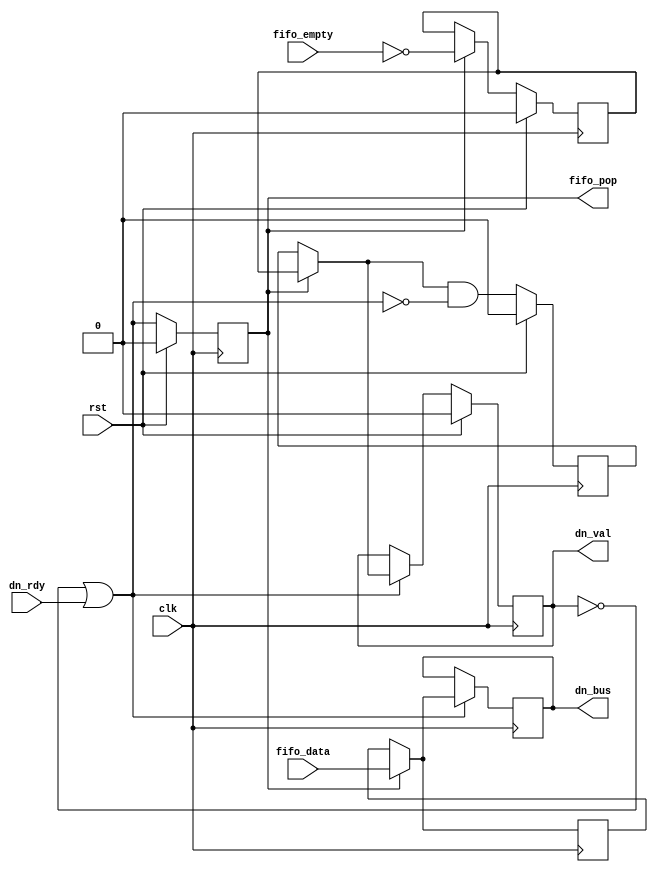
`ifndef _skid_fallthrough_
`define _skid_fallthrough_


`default_nettype none

module skid_fallthrough
  #(parameter
    DATA_WIDTH = 32)
   (input  wire                     clk,
    input  wire                     rst,

    input  wire [DATA_WIDTH-1:0]    fifo_data,
    input  wire                     fifo_empty,
    output reg                      fifo_pop,

    output reg  [DATA_WIDTH-1:0]    dn_bus,
    output reg                      dn_val,
    input  wire                     dn_rdy
);

    reg                     fifo_val;

    reg  [DATA_WIDTH-1:0]   skid_data;
    reg                     skid_val;

    wire                    dn_active;
    wire                    dn_val_i;
    wire [DATA_WIDTH-1:0]   dn_bus_i;


    // stallable fifo valid flag
    always @(posedge clk)
        if      (rst)       fifo_val <= 1'b0;
        else if (fifo_pop)  fifo_val <= ~fifo_empty;


    // skid_data always reflects downstream data's last cycle
    always @(posedge clk)
        skid_data <= dn_bus_i;


    // skid_val remembers if there is valid data in the skid register until
    // it's consumed by the downstream
    always @(posedge clk)
        if (rst)    skid_val <= 1'b0;
        else        skid_val <= dn_val_i & ~dn_active;


    // down stream mux: when fifo_pop is not active, use last cycle's data and valid
    assign dn_bus_i = fifo_pop ? fifo_data  : skid_data;

    assign dn_val_i = fifo_pop ? fifo_val   : skid_val;


    // when down stream is active, pop upstream fifo
    always @(posedge clk)
        if (rst)    fifo_pop <= 1'b0;
        else        fifo_pop <= dn_active;


    always @(posedge clk)
        if      (rst)       dn_val <= 1'b0;
        else if (dn_active) dn_val <= dn_val_i;


    always @(posedge clk)
        if (dn_active) dn_bus <= dn_bus_i;


    // do not stall pipeline until it is primed
    assign dn_active = ~dn_val | dn_rdy;



`ifdef FORMAL

    initial begin
        // ensure reset is triggered at the start
        assume(rst == 1);
    end


    //
    // Check the proper relationship between interface bus signals
    //


    // fifo holds data steady when not popping (not true for all fifos)
    always @(posedge clk)
        if ( ~rst && $past(fifo_val && ~fifo_pop)) begin
            assume($stable(fifo_data));
        end


    // fifo empty will not rise unless data has been popped
    always @(posedge clk)
        if ( ~rst && $past( ~rst) && $rose(fifo_empty)) begin
            assume($past(fifo_pop));
        end


    // dn stream path holds data steady when stalled
    always @(posedge clk)
        if ( ~rst && $past(dn_val && ~dn_rdy)) begin
            assert($stable(dn_bus));
        end


    // dn stream path will only release data after a transaction
    always @(posedge clk)
        if ( ~rst && $past( ~rst) && $fell(dn_val)) begin
            assert($past(dn_rdy));
        end


    //
    // Check that the down data is sourced from correct locations
    //

    // dn stream data sourced from up stream data
    always @(posedge clk)
        if ( ~rst && $past(dn_val && dn_rdy && fifo_pop)) begin
            assert(dn_bus == $past(fifo_data));
        end


    // dn stream data sourced from skid register
    always @(posedge clk)
        if ( ~rst && $past(dn_val && dn_rdy && ~fifo_pop)) begin
            assert(dn_bus == $past(skid_data));
        end


    //
    // Check that the valid fifo data is always stored somewhere
    //

    // valid fifo data is passed to dn register when dn is not stalled
    always @(posedge clk)
        if ( ~rst && $past( ~rst && fifo_val && fifo_pop && ~dn_val)) begin
            assert(($past(fifo_data) == dn_bus) && dn_val);
        end


    // valid fifo data is passed to skid register when dn is stalled
    always @(posedge clk)
        if ( ~rst && $past( ~rst && fifo_val && fifo_pop && dn_val && ~dn_rdy)) begin
            assert(($past(fifo_data) == skid_data) && dn_val);
        end


    //
    // Check that the skid register does not drop data
    //

    // skid register held steady when back pressure is being applied to fifo
    always @(posedge clk)
        if ( ~rst && $past( ~fifo_pop)) begin
            assert($stable(skid_data));
        end


    // skid register holds last up stream value when back pressure is applied to fifo
    always @(posedge clk)
        if ( ~rst && $fell(fifo_pop)) begin
            assert(skid_data == $past(fifo_data));
        end


`endif
endmodule

`default_nettype wire

`endif //  `ifndef _skid_fallthrough_